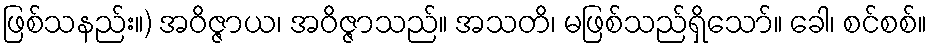
ဖြစ်သနည်း။) အဝိဇ္ဇာယ၊ အဝိဇ္ဇာသည်။ အသတိ၊ မဖြစ်သည်ရှိသော်။ ခေါ၊ စင်စစ်။